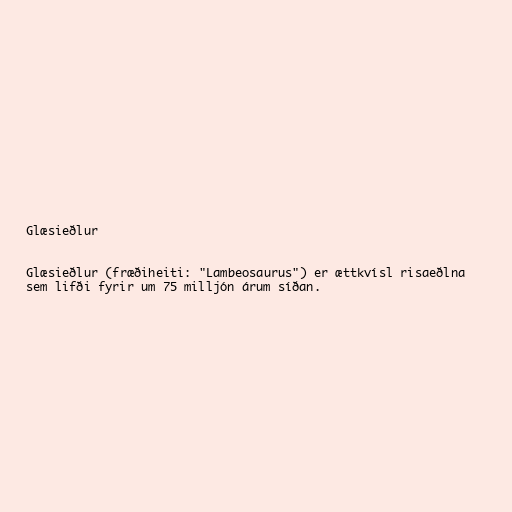
Glæsieðlur

Glæsieðlur (fræðiheiti: "Lambeosaurus") er ættkvísl risaeðlna
sem lifði fyrir um 75 milljón árum síðan.